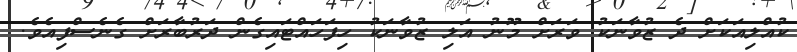
ކުއްލިއަކަށް ދެ ޒުވާނަކު ވަރަށް މޫނު އަލި ޒުވާނަކު ހިފަހައްޓައިގެން ދަރުބާރަށް ގެނެސްފިއެވެ.